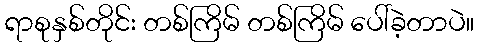
ရာစုနှစ်တိုင်း တစ်ကြိမ် တစ်ကြိမ် ပေါ်ခဲ့တာပဲ။